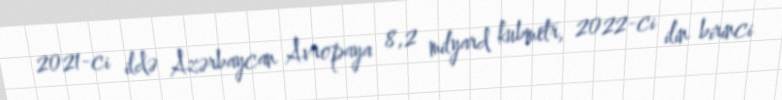
2021-ci ildə Azərbaycan Avropaya 8,2 milyard kubmetr, 2022-ci ilin birinci